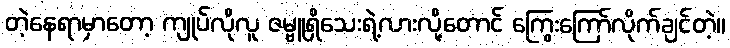
တဲ့နေရာမှာတော့ ကျုပ်လိုလူ ဇမ္ဗူရှိသေးရဲ့လားလို့တောင် ကြွေးကြော်လိုက်ချင်တဲ့။